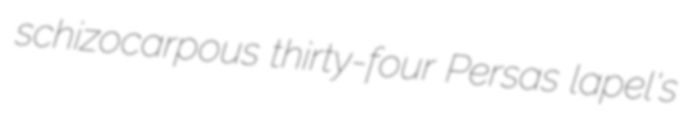
schizocarpous thirty-four Persas lapel's